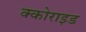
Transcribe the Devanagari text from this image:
क्कोराइड